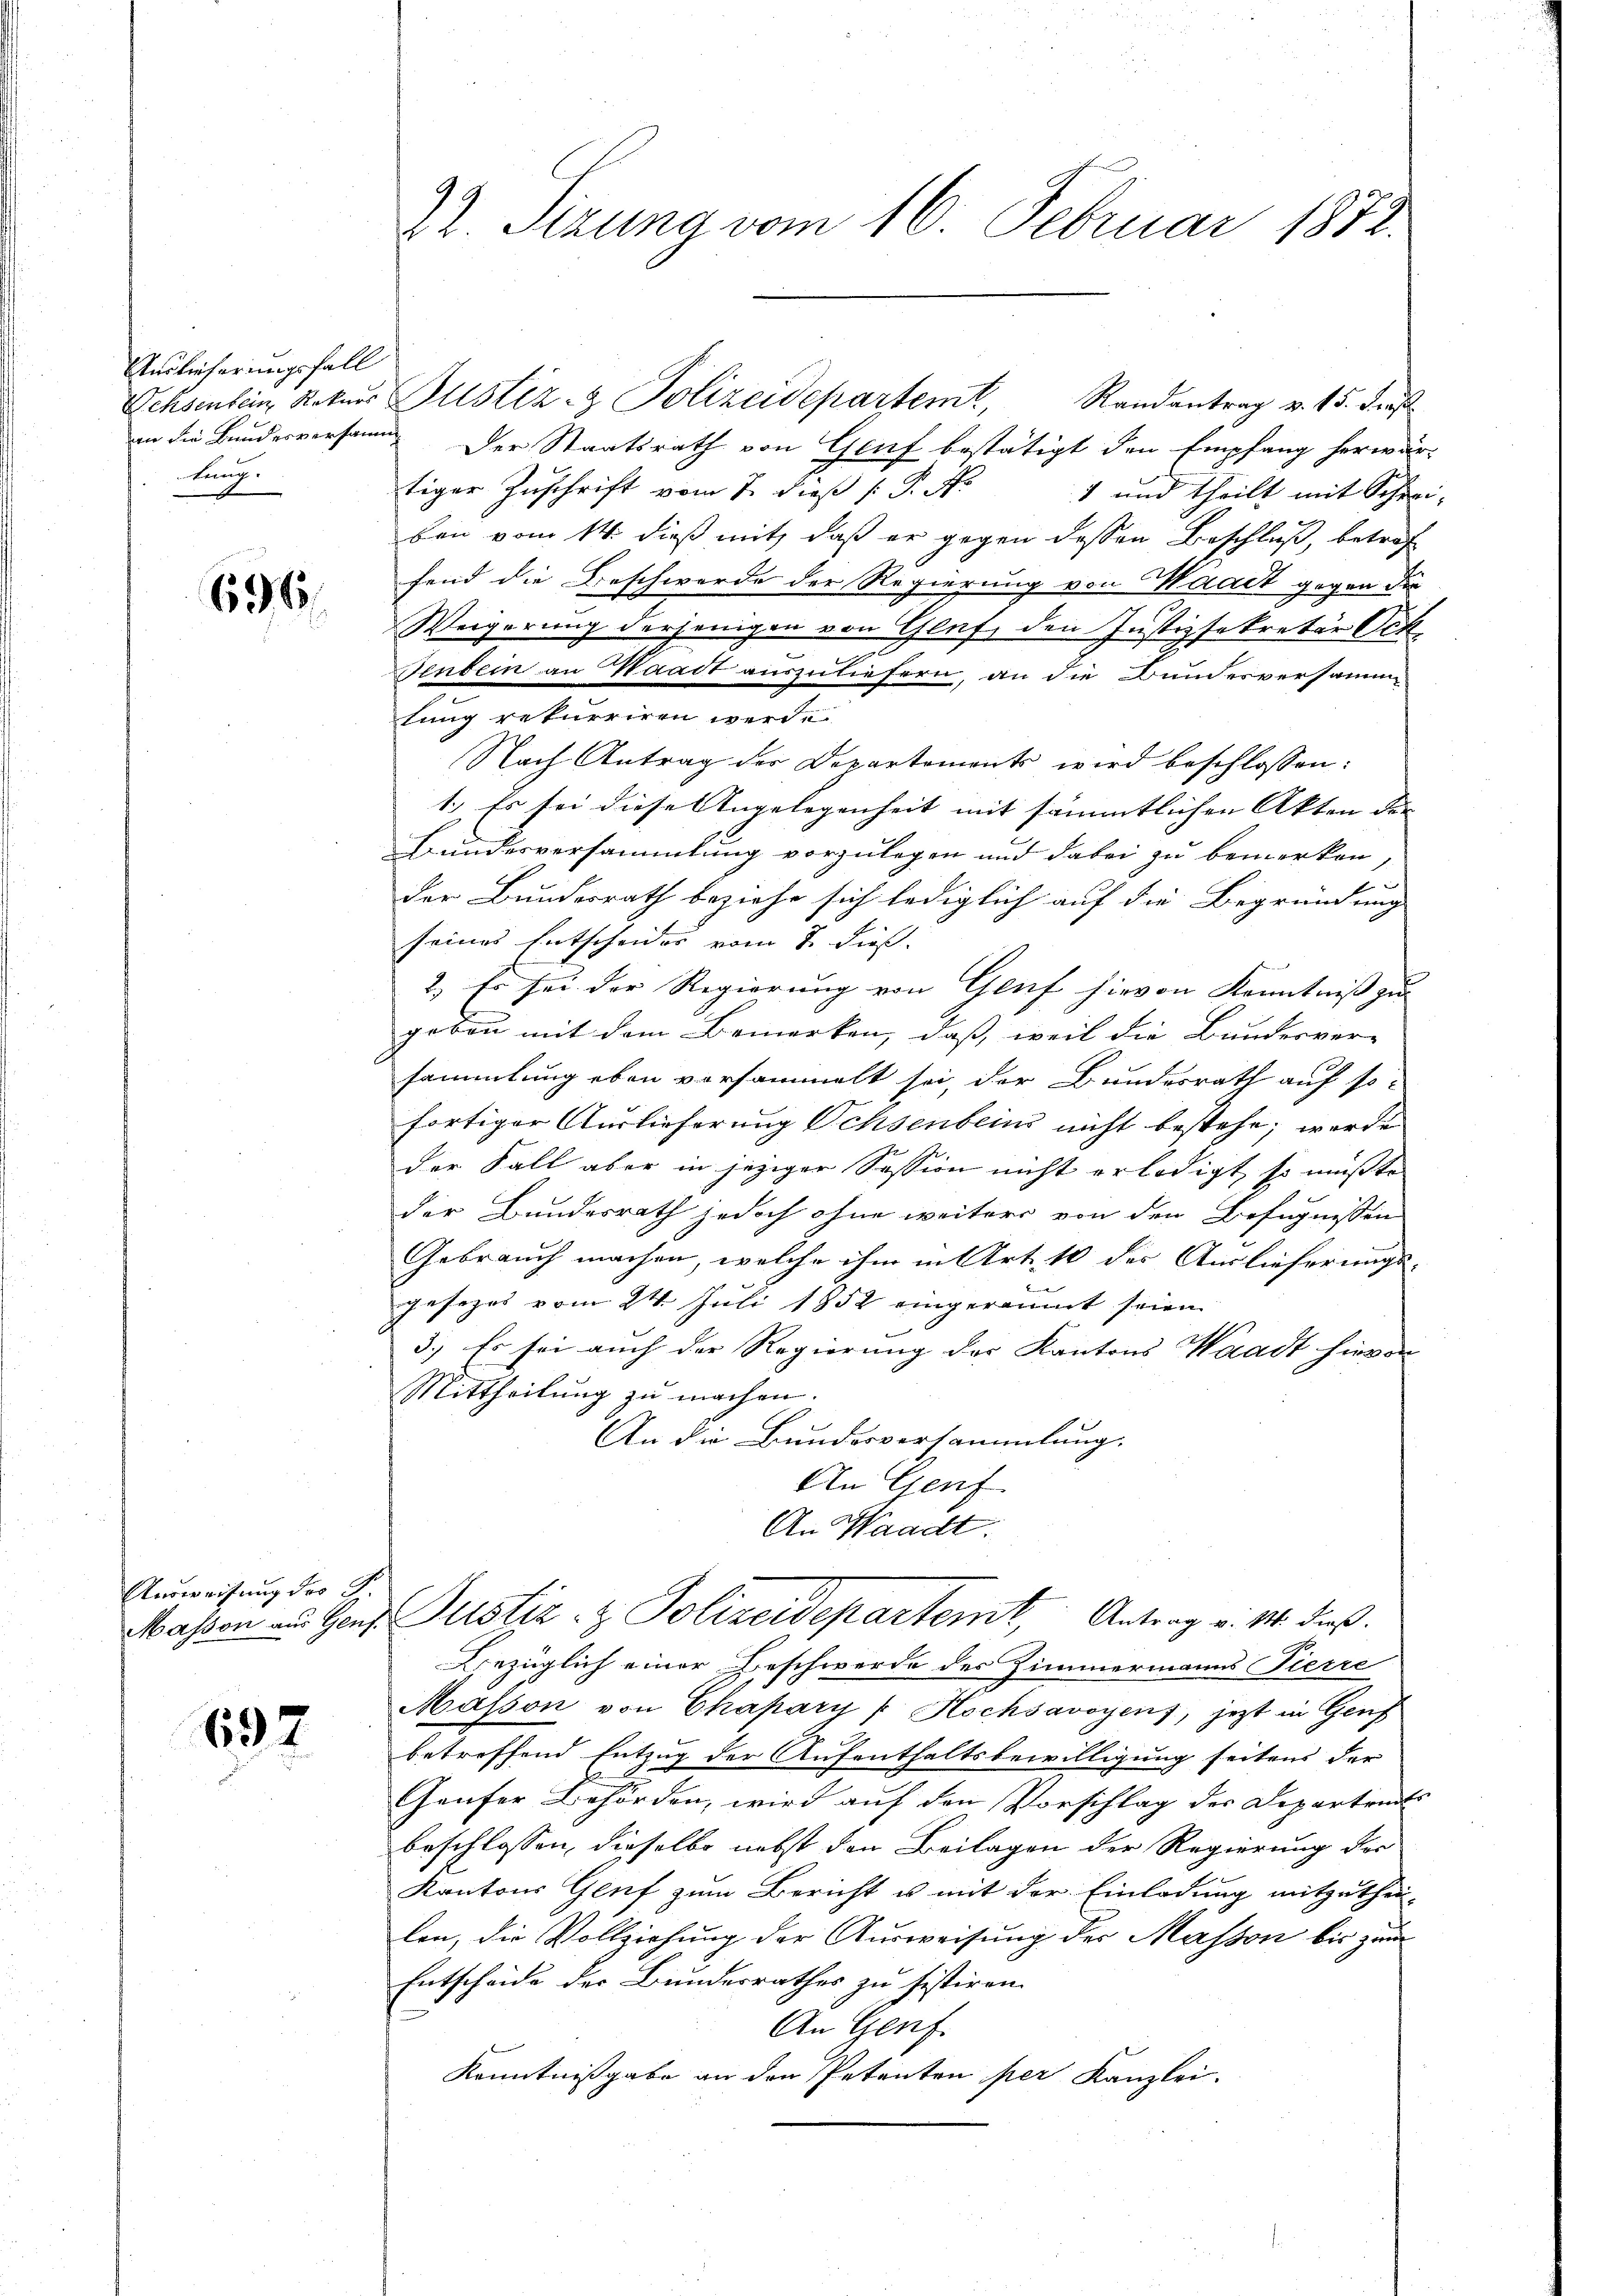
Auslieferungsfall
tung.

696

Ausweisung des Fr.

197

Ochsenbein, Rekurs Plistiz & Polizeidepartemt, Randantrag v. 15. dies
an die Bundesversam. Der Staatsrath von Genf bestätigt den Empfang herwär-
tiger Zuschrift vom 7. dieß (: P. Nr.
1 und theilt mit Schrei-
ben vom 14. dieß mit, daß er gegen dessen Beschluß, betrof
fend die Beschwerde der Regierung von Waadt gegen die
Weigerung derjenigen von Gluf, den Justizsekretär Och
Tenbein an Waadt auszuliefern, an die Bundesversamm
lung rekurriren werde.
Nach Antrag der Departements wird beschlossen:
1.) Es sei diese Angelegenheit mit sämmtlichen Akten der |
Bundesversammlung vorzulegen und dabei zu bemerken,
der Bundesrath beziehe sich lediglich auf die Begründung
seines Entscheides vom 8. dies.
2.) Es sei der Regierung von Genf hievon Kenntniß zu
geben mit dem Bemerken, daß, weil die Bundesver-
sammlung eben vorsammelt sei, der Bundesrath auf so-
fortiger Auslieferung Ochsenbeins nicht bestehe; werde
der Fall aber in jeziger Session nicht erledigt, so müßte
der Bundesrath jedoch ohne weitere von den Befugnissen
Gebrauch machen, welche ihm in Art. 10 der Auslieferungs-
gesezes vom 24. Juli 1852 eingeräumt seien.
3.) Es sei auch der Regierung der Kantons Waadt hievon
Mittheilung zu machen.
An die Bundesversammlung.
An Genf
An Waadt.
Massen an Genf. Justiz- & Polizeidepartemt, Antrag v. M. dieß.
Bezüglich einer Beschwerde des Zimmermanns Pierre
Masson von Chapary " Hochsavoyens, jezt in Genf
betreffend Entzug der Aufenthaltsbewilligung seitens der
Gaufer Behörden, wird auf den Vorschlag des Departeils
beschlossen, dieselbe nebst den Beilagen der Regierung der
Kantons Genf zum Bericht u mit der Einladung mitzuthei-
len, die Vollziehung der Ausweisung der Massen bis zum
Entscheide der Bundesrathes zu sistiren.
An Genf.
Kenntnißgabe an den Petenten per Kanzlei.

22. Sezung vom 16. Februar 1872.